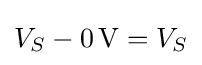
V_{S}-0\,\mathrm {V} =V_{S}